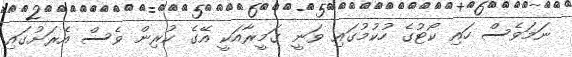
ނަމަވެސް ހައި ކޯޓުގެ ހުކުމުގައި ވަނީ ގަމީރާއަކީ އޭގެ ކުރިން ވެސް އެރަށުގައި